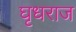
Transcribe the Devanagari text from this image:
घृधराज